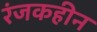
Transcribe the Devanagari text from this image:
रंजकहीन